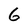
Character: 6